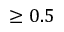
\geq 0 . 5